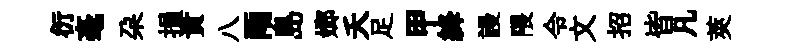
衍毫朶損責八雨島嫏夭足甲絳謾隈令文招皆凡莢